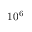
1 0 ^ { 6 }